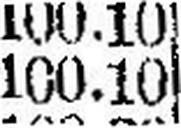
100.10